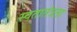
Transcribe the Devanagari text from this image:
स्वतातंत्रता